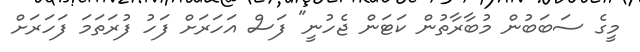
މީގެ ސަބަބުން މުބާރާތުން ކަޓަން ޖެހުނީ" ފަސް އަހަރަށް ފަހު ފުރަތަމަ ފަހަރަށް